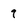
Character: 9